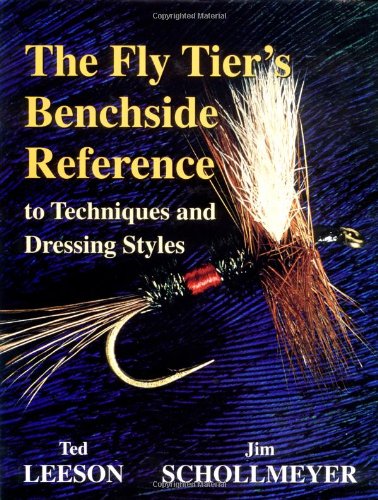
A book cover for The Fly Tier's Benchside Reference; Ted Leeson; Sports & Outdoors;